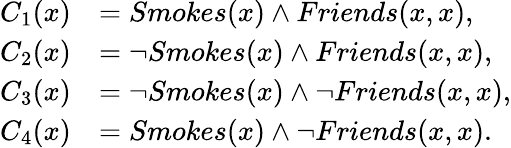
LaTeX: \begin{array}{rl}{C_{1}(x)}&{=Smokes(x)\wedge Friends(x,x),}\\ {C_{2}(x)}&{=\neg Smokes(x)\wedge Friends(x,x),}\\ {C_{3}(x)}&{=\neg Smokes(x)\wedge\neg Friends(x,x),}\\ {C_{4}(x)}&{=Smokes(x)\wedge\neg Friends(x,x).}\end{array}